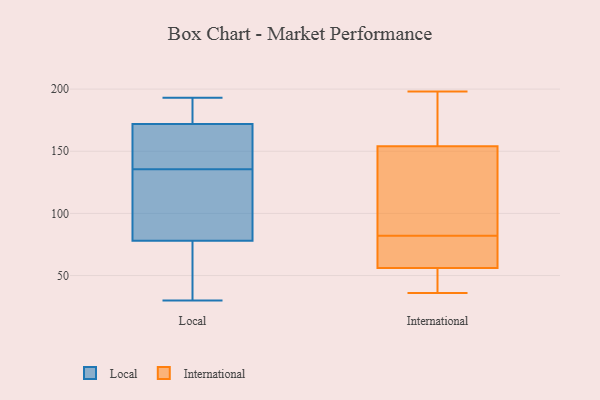
{"axis": {"x": "Inventory Turnover", "y": "Value"}, "legend": ["International", "Local"], "data": [{"x": "", "y": 159, "type": "Local"}, {"x": "", "y": 130, "type": "Local"}, {"x": "", "y": 129, "type": "Local"}, {"x": "", "y": 104, "type": "Local"}, {"x": "", "y": 166, "type": "Local"}, {"x": "", "y": 30, "type": "Local"}, {"x": "", "y": 62, "type": "Local"}, {"x": "", "y": 190, "type": "Local"}, {"x": "", "y": 178, "type": "Local"}, {"x": "", "y": 32, "type": "Local"}, {"x": "", "y": 187, "type": "Local"}, {"x": "", "y": 73, "type": "Local"}, {"x": "", "y": 161, "type": "Local"}, {"x": "", "y": 38, "type": "Local"}, {"x": "", "y": 83, "type": "Local"}, {"x": "", "y": 91, "type": "Local"}, {"x": "", "y": 185, "type": "Local"}, {"x": "", "y": 141, "type": "Local"}, {"x": "", "y": 148, "type": "Local"}, {"x": "", "y": 193, "type": "Local"}, {"x": "", "y": 153, "type": "International"}, {"x": "", "y": 154, "type": "International"}, {"x": "", "y": 53, "type": "International"}, {"x": "", "y": 198, "type": "International"}, {"x": "", "y": 46, "type": "International"}, {"x": "", "y": 36, "type": "International"}, {"x": "", "y": 66, "type": "International"}, {"x": "", "y": 168, "type": "International"}, {"x": "", "y": 66, "type": "International"}, {"x": "", "y": 93, "type": "International"}, {"x": "", "y": 135, "type": "International"}, {"x": "", "y": 56, "type": "International"}, {"x": "", "y": 71, "type": "International"}, {"x": "", "y": 175, "type": "International"}]}